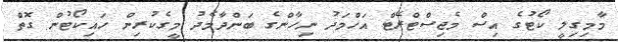
މާމިގިލީ ކޯޓުގެ އިސް މެޖިސްޓްރޭޓް އަހްމަދު ނިހާންގެ ބަންދާމެދު މީގެކުރިން ހައިކޯޓުން ގޮތް